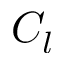
C _ { l }